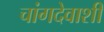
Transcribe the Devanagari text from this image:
चांगदेवाशी